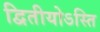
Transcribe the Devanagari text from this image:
द्वितीयोऽस्ति